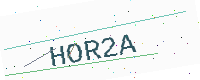
Text: HOR2A